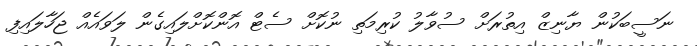
ނަސީބަކުން ޔާނިޒް އިތުރަށް ސުވާލު ކުރިމަތި ނުކޮށް ސެޓް އޮންކޮށްލައިގެން ލަވައެއް ޖަހާލައިފި